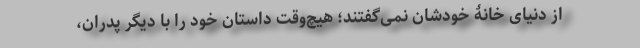
از دنیای خانۀ خودشان نمی‌گفتند؛ هیچ‌وقت داستان خود را با دیگر پدران،